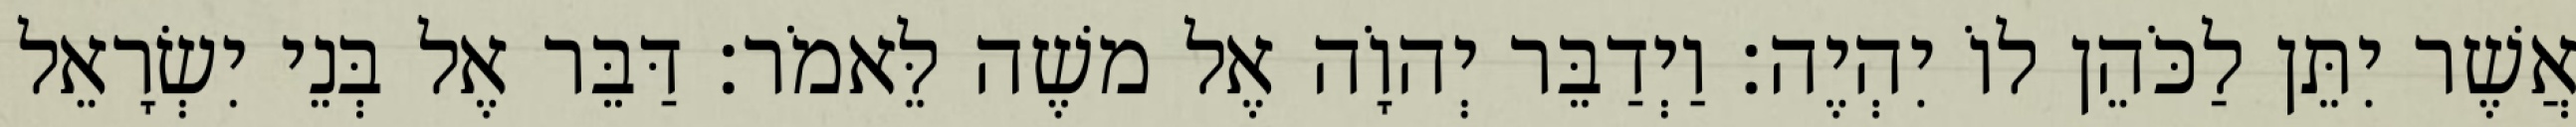
אֲשֶׁר יִתֵּן לַכֹּהֵן לוֹ יִהְיֶה׃ וַיְדַבֵּר יְהוָֹה אֶל משֶׁה לֵּאמֹר׃ דַּבֵּר אֶל בְּנֵי יִשְׂרָאֵל